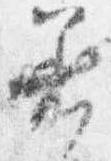
着